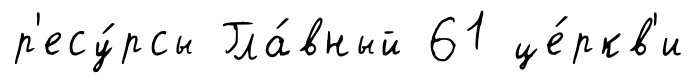
р'есу́рсы Гла́вный 61 це́ркв'и